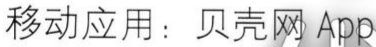
移动应用：贝壳网 App